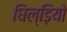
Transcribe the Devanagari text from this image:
घिल्ड़ियो